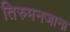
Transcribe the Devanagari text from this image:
तिरुमनजाना